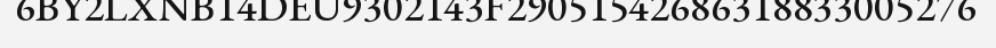
6BY2LXNB14DEU9302143F29051542686318833005276